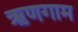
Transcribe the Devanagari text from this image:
ऋणगाम